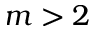
m > 2